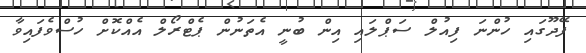
ފޭދޫގައި ހުންނަ ފިއުލް ސަޕްލައި އިން ބުނީ އެތަނުން ޕެޓްރޯލް އެއްކޮށް ހުސްވެފައިވާ